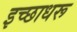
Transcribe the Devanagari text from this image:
इच्छाधरू